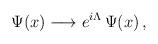
LaTeX: \begin{align*}\Psi (x)\longrightarrow e^{i\Lambda }\,\Psi (x)\,,\end{align*}